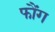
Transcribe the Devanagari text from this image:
फौंग